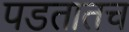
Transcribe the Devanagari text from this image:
पडतातच